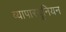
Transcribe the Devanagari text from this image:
व्यापारयूनियन